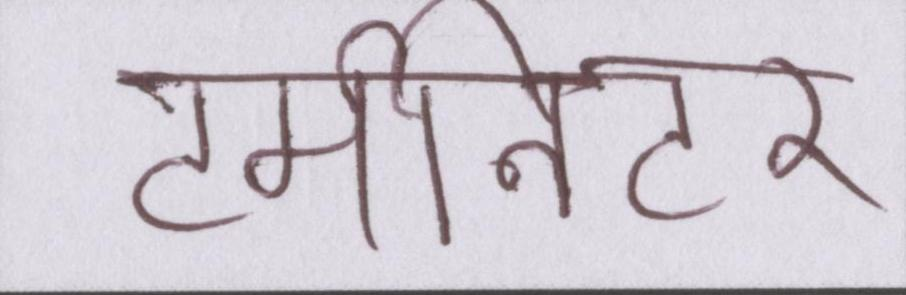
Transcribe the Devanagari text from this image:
टर्मीनेटर